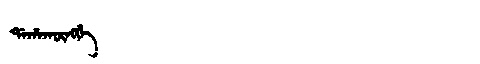
Manchu: ᡩᠠᡥᠠᡴᡡᠩᡤᡝ
Romanization: DAHAKŪNGGE